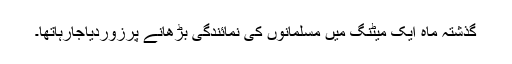
گذشتہ ماہ ایک میٹنگ میں مسلمانوں کی نمائندگی بڑھانے پرزوردیاجارہاتھا۔